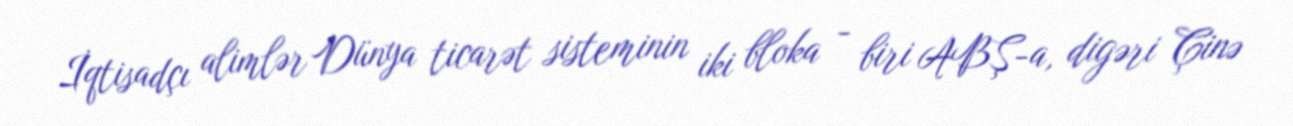
İqtisadçı alimlər Dünya ticarət sisteminin iki bloka - biri ABŞ-a, digəri Çinə